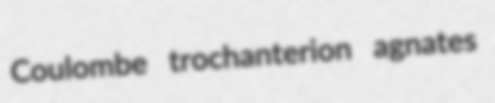
Coulombe trochanterion agnates